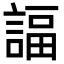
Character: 諨